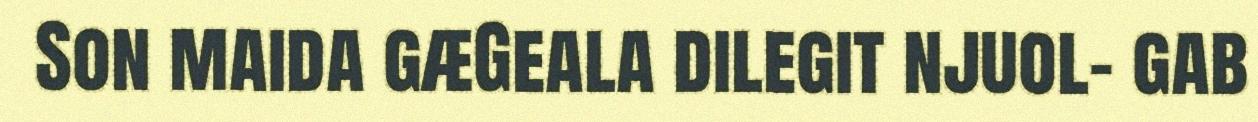
Son maida gæGeala dilegit njuol- gab